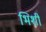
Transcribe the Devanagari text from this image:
भिशी